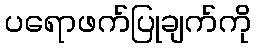
ပရောဖက်ပြုချက်ကို